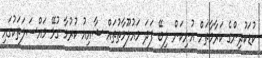
ކުޑަކުދިންގެ ކަރާމާތަށް އުނިކަން ލިބޭ ފަދަ މައުލޫމާތުތައް ޝާއިއު ކުރުމާ ގުޅޭ މައްސަލަތަކުގައި